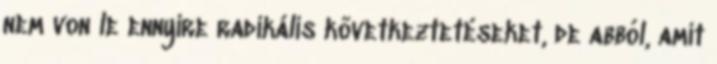
nem von le ennyire radikális következtetéseket, de abból, amit